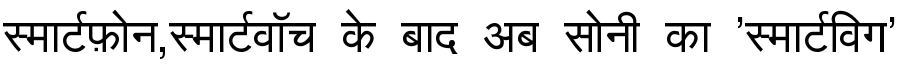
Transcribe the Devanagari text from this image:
स्मार्टफ़ोन,स्मार्टवॉच के बाद अब सोनी का 'स्मार्टविग'